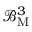
\mathcal { B } _ { \mathrm { M } } ^ { 3 }